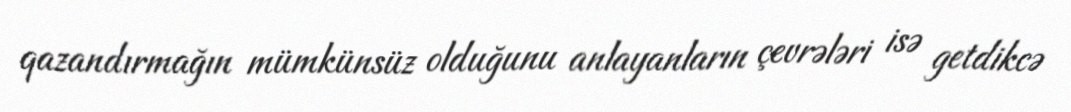
qazandırmağın mümkünsüz olduğunu anlayanların çevrələri isə getdikcə